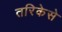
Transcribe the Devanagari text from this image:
तरिकेसे